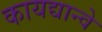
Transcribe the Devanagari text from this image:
कायद्यान्वे